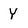
Character: Y